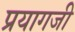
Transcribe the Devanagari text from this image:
प्रयागजी